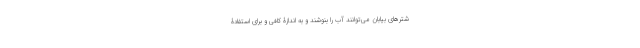
شترهای بیابان می‌توانند آب را بنوشند و به اندازۀ کافی و برای استفادۀ